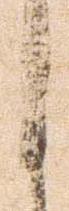
之